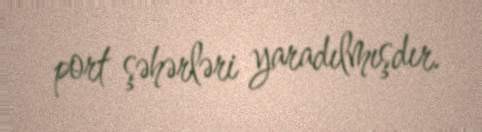
port şəhərləri yaradılmışdır.